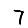
Digit: 7